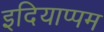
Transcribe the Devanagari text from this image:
इदियाप्पम